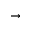
\rightarrow